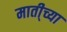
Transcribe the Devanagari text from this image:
माती्च्या